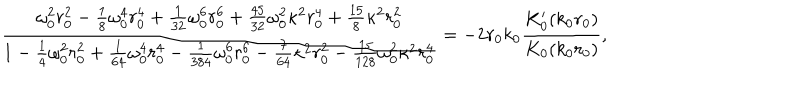
LaTeX: \frac { \omega _ { 0 } ^ { 2 } r _ { 0 } ^ { 2 } - \frac 1 8 \omega _ { 0 } ^ { 4 } r _ { 0 } ^ { 4 } + \frac { 1 } { 3 2 } \omega _ { 0 } ^ { 6 } r _ { 0 } ^ { 6 } + \frac { 4 5 } { 3 2 } \omega _ { 0 } ^ { 2 } \kappa ^ { 2 } r _ { 0 } ^ { 4 } + \frac { 1 5 } { 8 } \kappa ^ { 2 } r _ { 0 } ^ { 2 } } { 1 - \frac 1 4 \omega _ { 0 } ^ { 2 } r _ { 0 } ^ { 2 } + \frac { 1 } { 6 4 } \omega _ { 0 } ^ { 4 } r _ { 0 } ^ { 4 } - \frac { 1 } { 3 8 4 } \omega _ { 0 } ^ { 6 } r _ { 0 } ^ { 6 } - \frac { 7 } { 6 4 } \kappa ^ { 2 } r _ { 0 } ^ { 2 } - \frac { 1 5 } { 1 2 8 } \omega _ { 0 } ^ { 2 } \kappa ^ { 2 } r _ { 0 } ^ { 4 } } = - 2 r _ { 0 } k _ { 0 } \frac { K _ { 0 } ^ { \prime } ( k _ { 0 } r _ { 0 } ) } { K _ { 0 } ( k _ { 0 } r _ { 0 } ) } ,